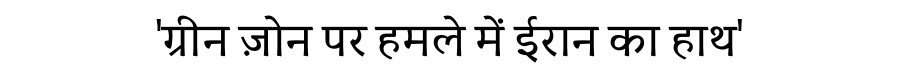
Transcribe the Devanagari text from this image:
'ग्रीन ज़ोन पर हमले में ईरान का हाथ'